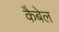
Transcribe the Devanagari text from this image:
कैबेल